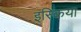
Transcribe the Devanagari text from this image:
इस्किया